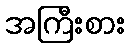
အကြီးစား